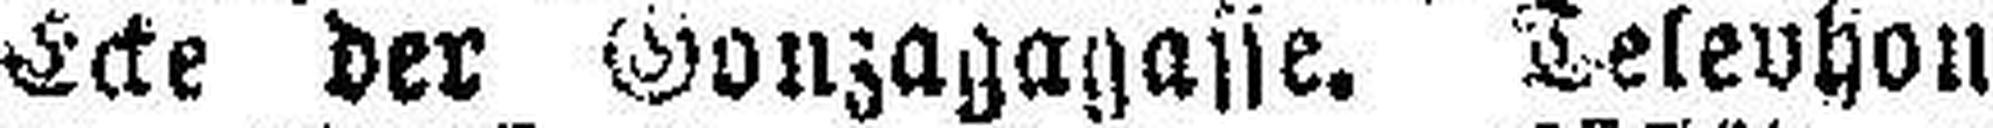
Ecke der Gonzagagasse. Telephon